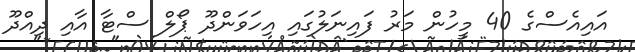
އައިއެސްގެ 40 މީހުން މަރު ފައިނަލުގައި އިހަވަންދޫ ޕޯލް ސްޓާ އާއި ދިއްދޫ